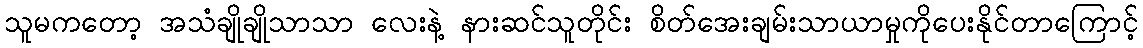
သူမကတော့ အသံချိုချိုသာသာ လေးနဲ့ နားဆင်သူတိုင်း စိတ်အေးချမ်းသာယာမှုကိုပေးနိုင်တာကြောင့်